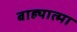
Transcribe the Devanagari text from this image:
बाह्यात्मा